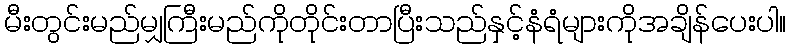
မီးတွင်းမည်မျှကြီးမည်ကိုတိုင်းတာပြီးသည်နှင့်နံရံများကိုအချိန်ပေးပါ။